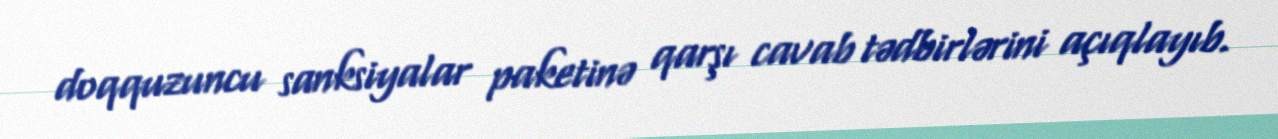
doqquzuncu sanksiyalar paketinə qarşı cavab tədbirlərini açıqlayıb.